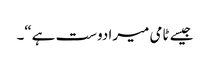
جیسے ٹامی میرا دوست ہے“۔